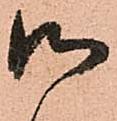
御